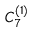
{ C } _ { 7 } ^ { ( 1 ) }